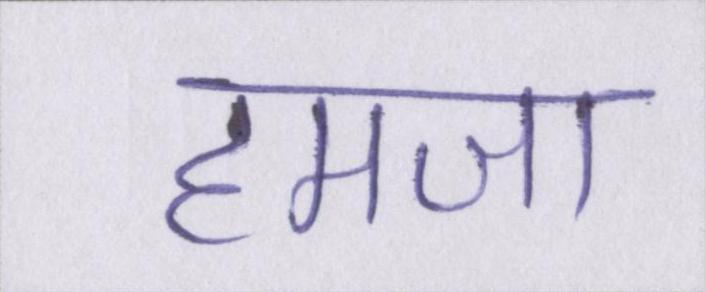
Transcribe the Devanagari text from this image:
हमजा